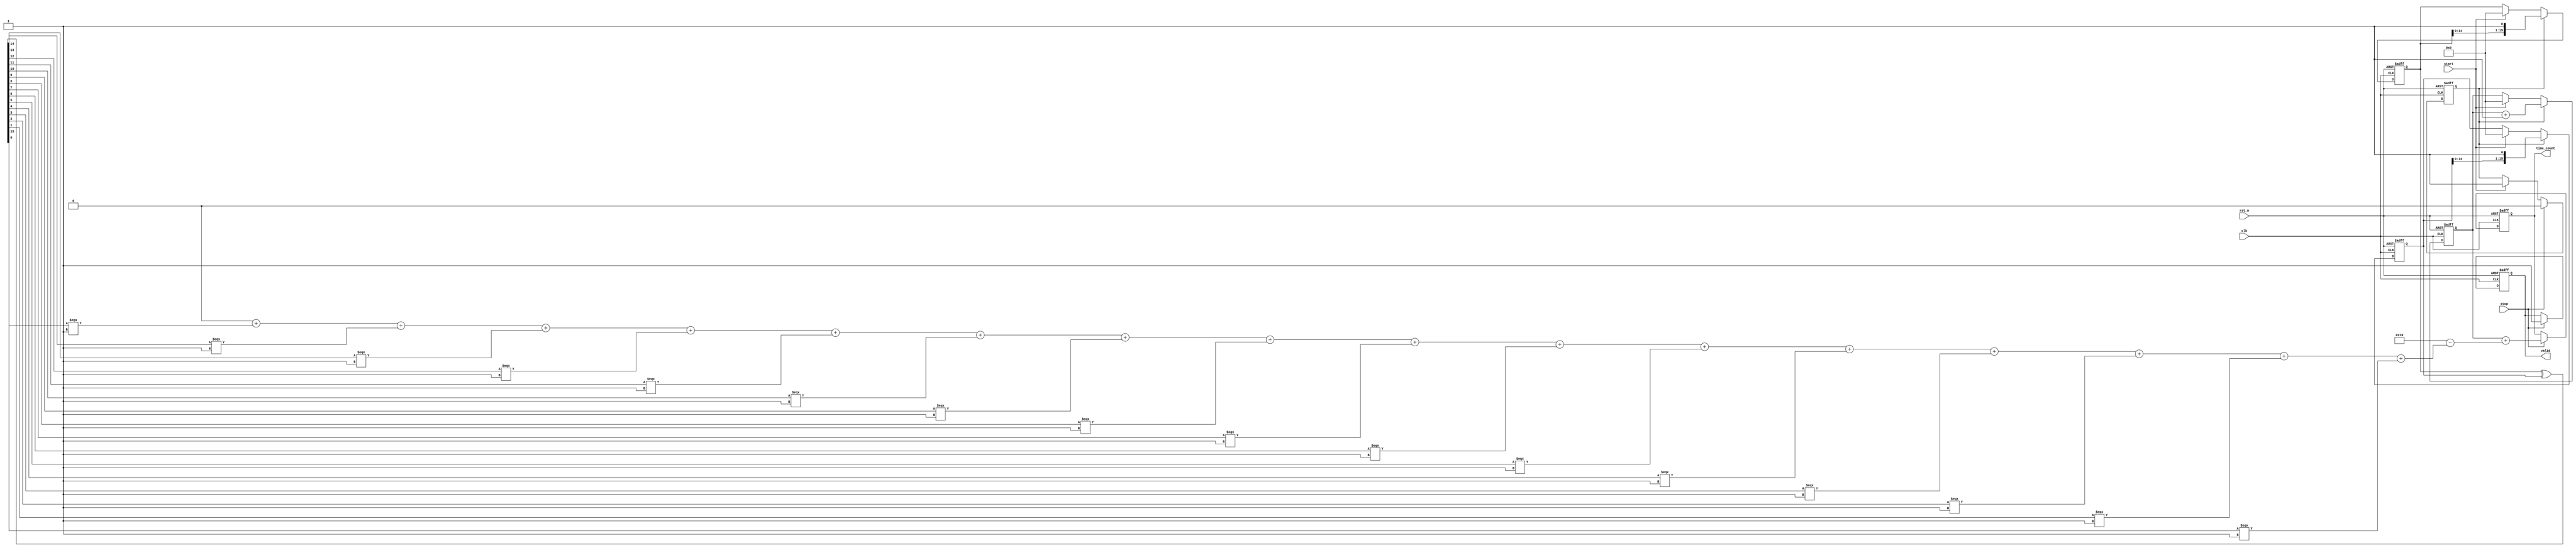
module TDC_Vernier_Delay_Line (
    input wire clk,                  // System clock
    input wire rst_n,                // Active low reset
    input wire start,                // Start signal
    input wire stop,                 // Stop signal
    output reg [15:0] time_count,    // Time interval count output
    output reg valid                 // Valid output signal
);

    // Parameters for delay lines
    parameter DELAY_STAGES = 16;     // Number of delay stages
    parameter DELAY_A = 2;            // Delay for line A (in clock cycles)
    parameter DELAY_B = 1;            // Delay for line B (in clock cycles)

    // Delay line outputs
    reg [DELAY_STAGES-1:0] delay_line_a;
    reg [DELAY_STAGES-1:0] delay_line_b;

    // Counter for measuring time intervals
    reg [15:0] counter;
    reg counting;

    // Control logic
    always @(posedge clk or negedge rst_n) begin
        if (!rst_n) begin
            counter <= 0;
            valid <= 0;
            counting <= 0;
            time_count <= 0;
            delay_line_a <= 0;
            delay_line_b <= 0;
        end else begin
            if (start) begin
                // Start counting on start signal
                counting <= 1;
                counter <= 0;
                delay_line_a <= 0;
                delay_line_b <= 0;
            end
            
            if (counting) begin
                // Increment counter while counting
                counter <= counter + 1;

                // Update delay line outputs
                delay_line_a <= {delay_line_a[DELAY_STAGES-2:0], 1'b1}; // Simulate delay line A
                delay_line_b <= {delay_line_b[DELAY_STAGES-2:0], 1'b1}; // Simulate delay line B
            end

            if (stop) begin
                // Stop counting on stop signal
                counting <= 0;
                valid <= 1;
                // Calculate the time count based on delay line states
                time_count <= counter + (DELAY_STAGES - $countones(delay_line_a ^ delay_line_b));
            end
        end
    end

    // Function to count the number of 1s in a vector
    function integer $countones;
        input [DELAY_STAGES-1:0] vec;
        integer i;
        begin
            $countones = 0;
            for (i = 0; i < DELAY_STAGES; i = i + 1) begin
                if (vec[i]) $countones = $countones + 1;
            end
        end
    endfunction

endmodule